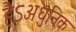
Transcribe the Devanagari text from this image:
हैऽअधुनिक